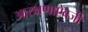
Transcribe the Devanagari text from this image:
आरक्षणाऐवजी